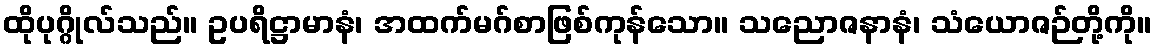
ထိုပုဂ္ဂိုလ်သည်။ ဥပရိဋ္ဌာမာနံ၊ အထက်မဂ်စာဖြစ်ကုန်သော။ သညောဇနာနံ၊ သံယောဇဉ်တို့ကို။